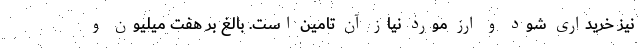
نیز خریداری شود و ارز مورد نیاز آن تامین است. بالغ بر هفت میلیون و